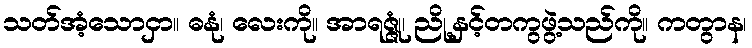
သတ်အံ့သောငှာ။ ဓနုံ၊ လေးကို။ အာရဇ္ဇုံ၊ ညို့နှင့်တကွဖွဲ့သည်ကို။ ကတွာန၊